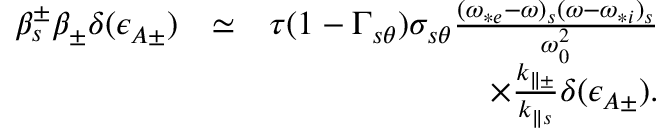
\begin{array} { r l r } { \beta _ { s } ^ { \pm } \beta _ { \pm } \delta ( \epsilon _ { A \pm } ) } & { \simeq } & { \tau ( 1 - \Gamma _ { s \theta } ) \sigma _ { s \theta } \frac { ( \omega _ { * e } - \omega ) _ { s } ( \omega - \omega _ { * i } ) _ { s } } { \omega _ { 0 } ^ { 2 } } } \\ & { } & { \times \frac { k _ { \parallel \pm } } { k _ { \parallel s } } \delta ( \epsilon _ { A \pm } ) . } \end{array}